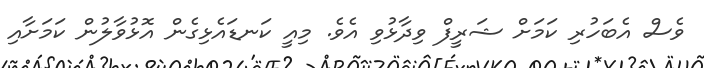
ވެސް އެބަހުރި ކަމަށް ޝަރީފް ވިދާޅުވި އެވެ. މިއީ ކަނޑައެޅިގެން އޮޅުވާލުން ކަމަށާއި